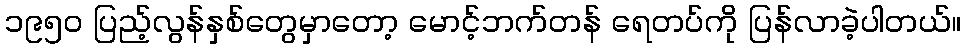
၁၉၅ဝ ပြည့်လွန်နှစ်တွေမှာတော့ မောင့်ဘက်တန် ရေတပ်ကို ပြန်လာခဲ့ပါတယ်။